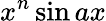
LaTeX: x^{n}\sin{ax}